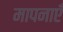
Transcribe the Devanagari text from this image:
मापनाएँ